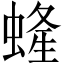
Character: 𧍰